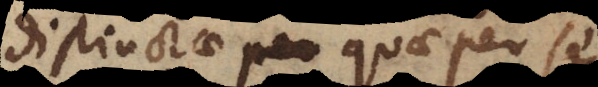
distinctae quae per se